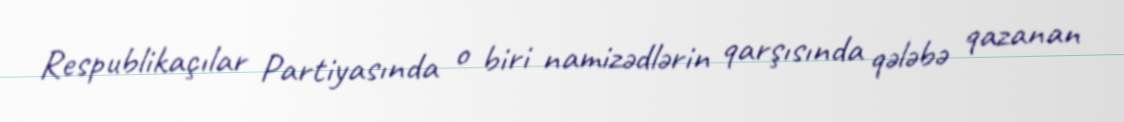
Respublikaçılar Partiyasında o biri namizədlərin qarşısında qələbə qazanan